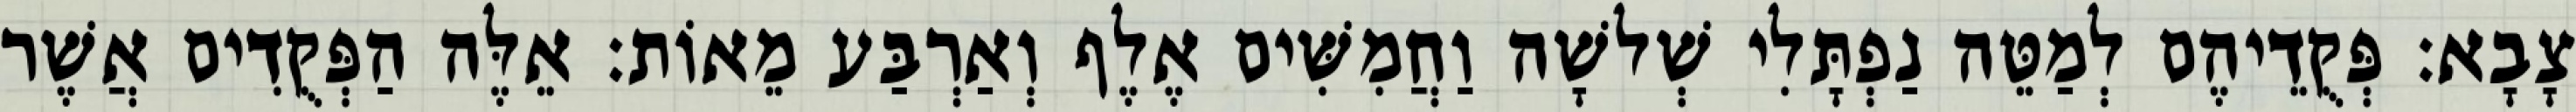
צָבָא׃ פְּקֻדֵיהֶם לְמַטֵּה נַפְתָּלִי שְׁלשָׁה וַחֲמִשִּׁים אֶלֶף וְאַרְבַּע מֵאוֹת׃ אֵלֶּה הַפְּקֻדִים אֲשֶׁר